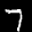
Label: 7